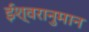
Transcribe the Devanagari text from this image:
ईश्वरानुमान